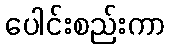
ပေါင်းစည်းကာ